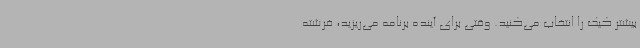
بیشتر کیک را انتخاب می‌کنید. وقتی برای آینده برنامه می‌ریزید، فرشته